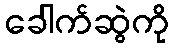
ခေါက်ဆွဲကို